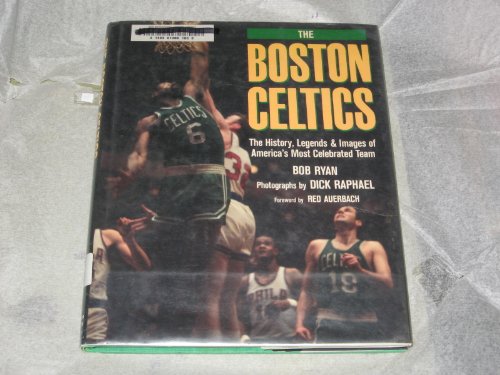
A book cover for The Boston Celtics: The history, legends, and images of America's most celebrated team; Bob Ryan; Sports & Outdoors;